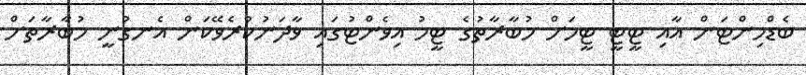
ބެޑްމިންޓަން އާއި ޓީީޓީ ޓީމަށް މުބާރާތުގެ ޓީމު އިވެންޓުގައި ވާދަނުކުރެވޭކަން އެނގުނީ މުބާރާތަށް